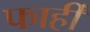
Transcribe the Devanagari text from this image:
फार्ही